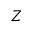
Z